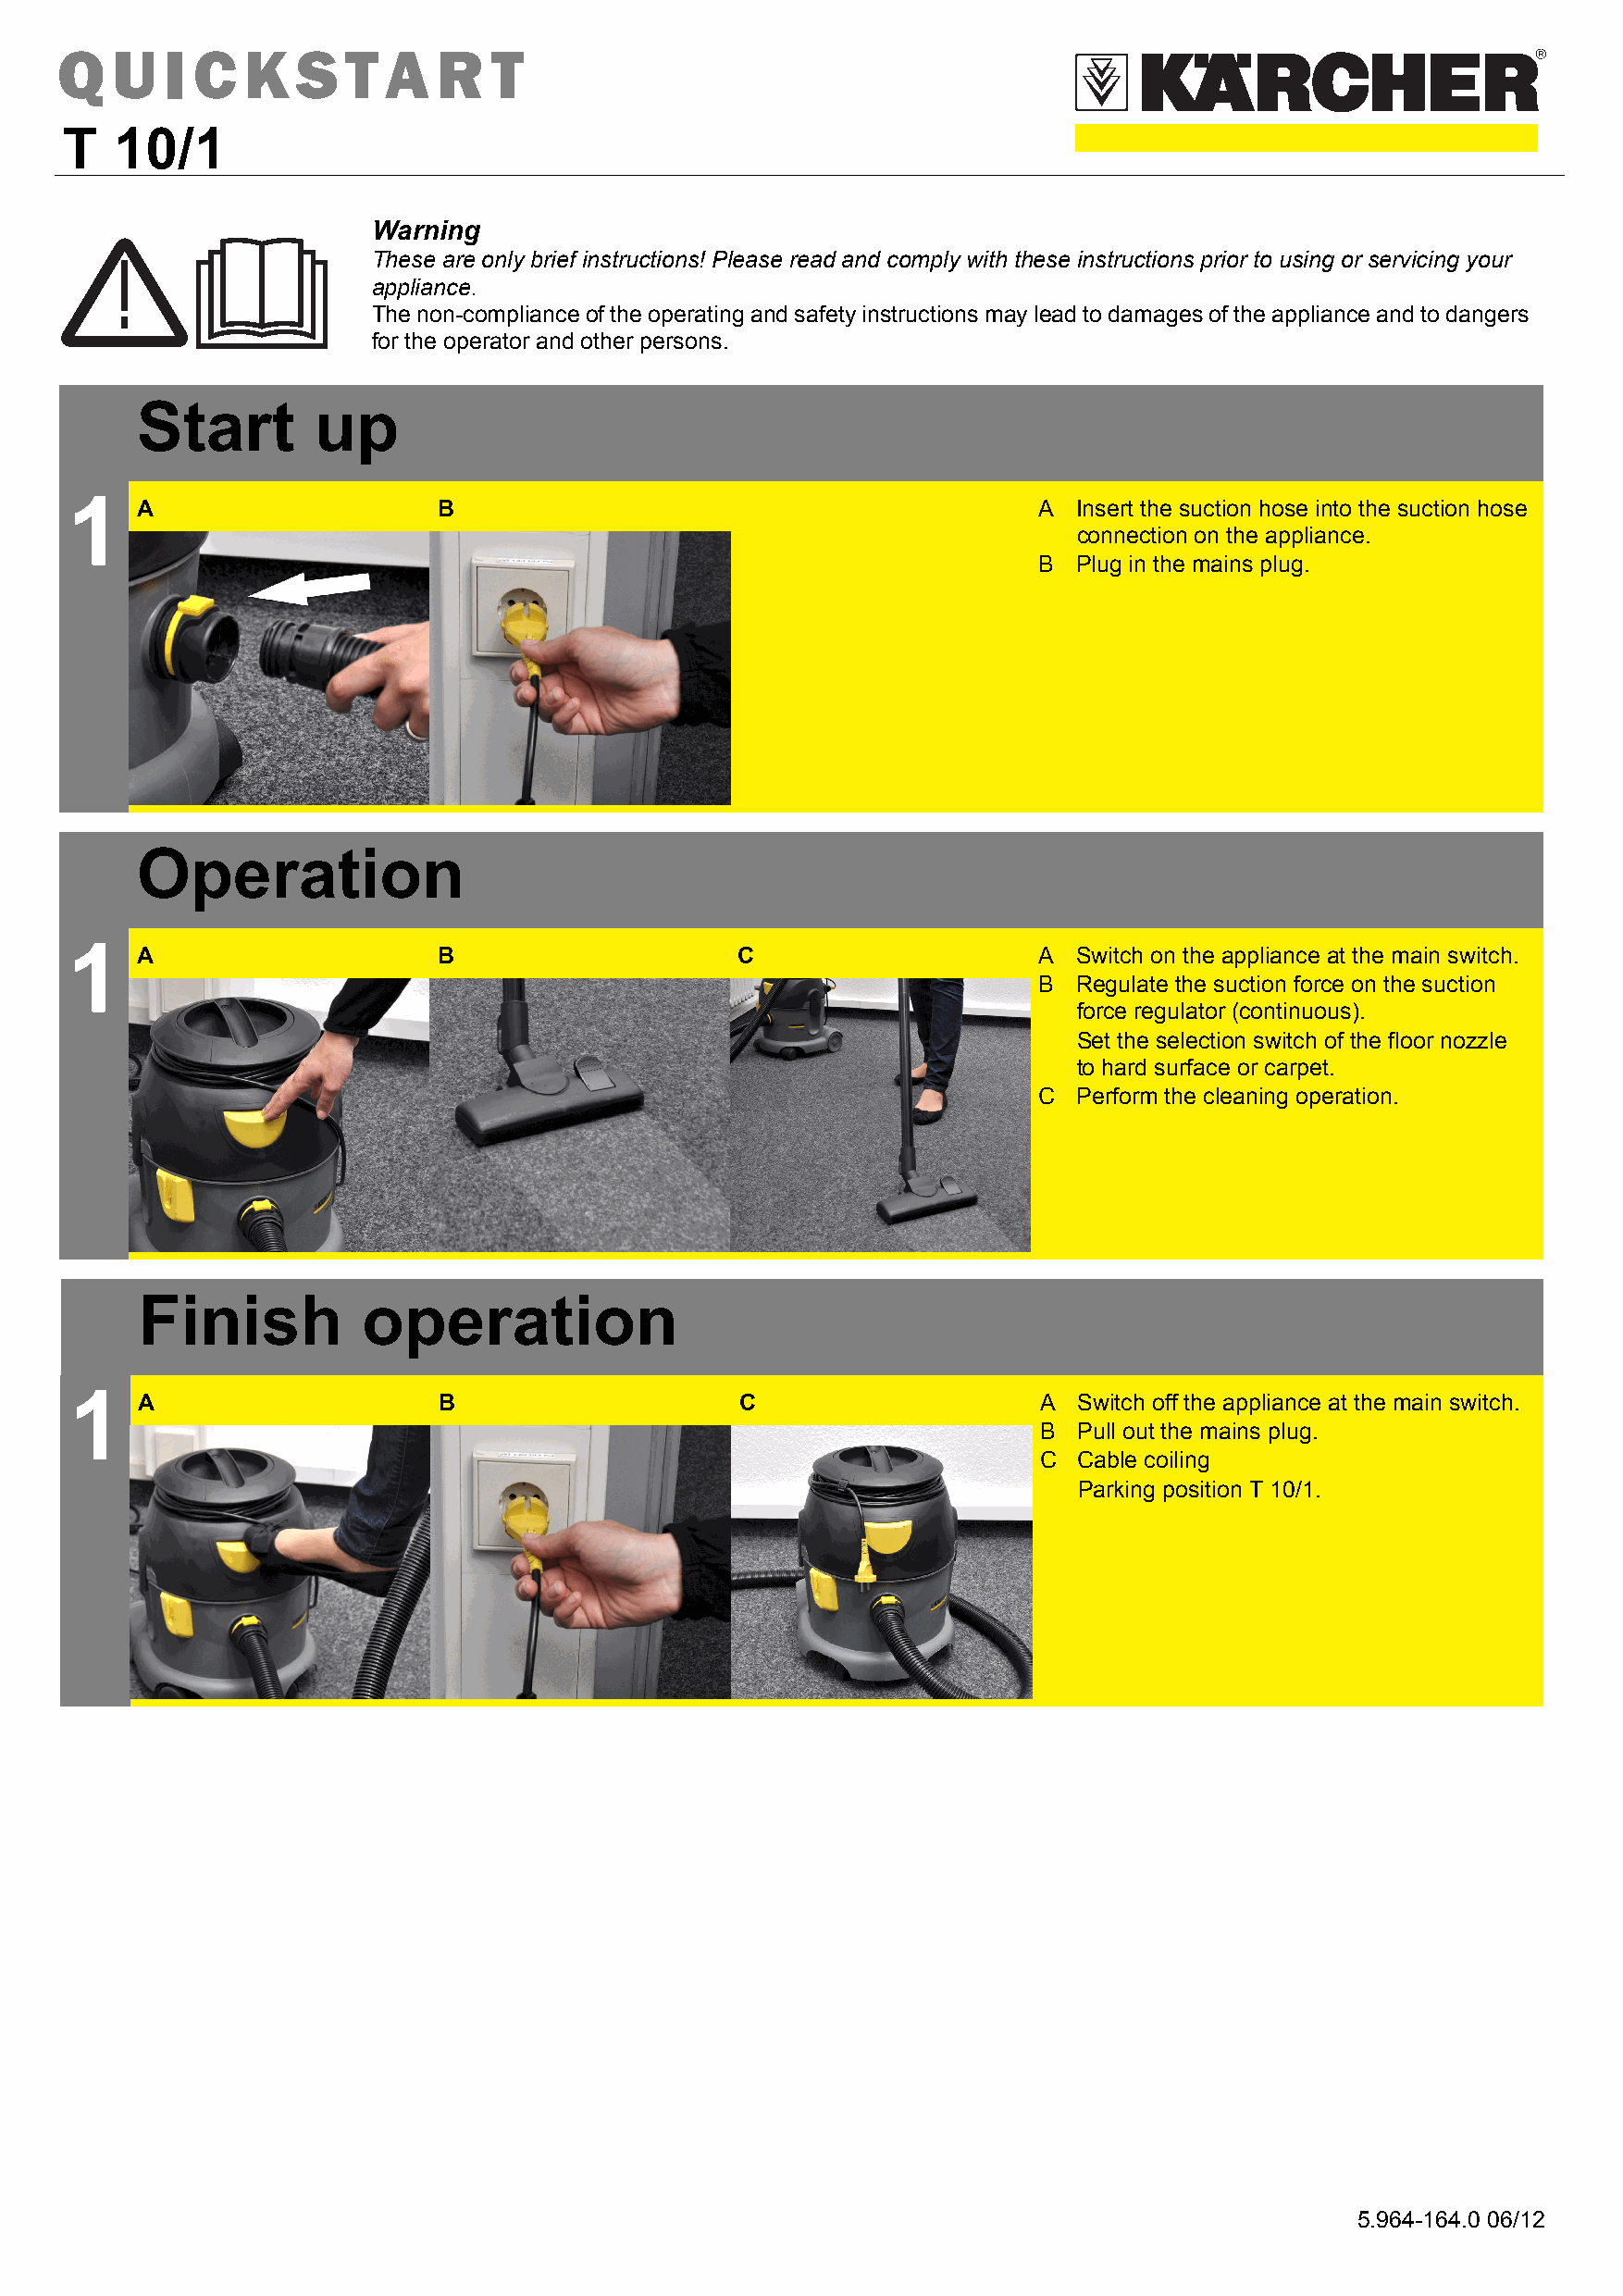
Q   U   I C  K   S   T  A  R   T
 T   10/1
 Warning
 These are only brief instructions! Please read and comply with these instructions prior to using or servicing your
 appliance.
 The non-compliance of the operating and safety instructions may lead to damages of the appliance and to dangers
 for the operator and other persons.
 Start       up
 1
 A                    B                                          A  Insert the suction hose into the suction hose
 connection on the appliance.
 B  Plug in the mains plug.
 Operation
 1
 A                    B                     C                    A  Switch on the appliance at the main switch.
 B  Regulate the suction force on the suction
 force regulator (continuous).
 Set the selection switch of the floor nozzle
 to hard surface or carpet.
 C  Perform the cleaning operation.
 Finish          operation
 1
 A                    B                     C                    A  Switch off the appliance at the main switch.
 B  Pull out the mains plug.
 C  Cable coiling
 Parking position T 10/1.
 5.964-164.0 06/12